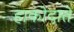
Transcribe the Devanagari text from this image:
हाकोदाते